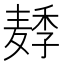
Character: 𱋛